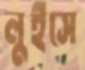
লুইসে